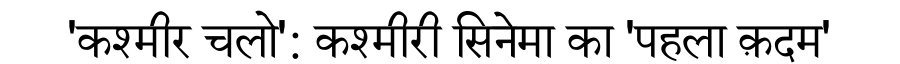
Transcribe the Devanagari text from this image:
'कश्मीर चलो': कश्मीरी सिनेमा का 'पहला क़दम'